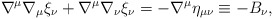
\begin{align*}\nabla^{\mu}\nabla_\mu \xi_{\nu} +\nabla^\mu \nabla_\nu \xi_\nu = -\nabla^\mu \eta_{\mu\nu}\equiv - B_\nu,\end{align*}